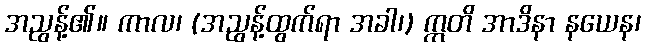
အညွန့်၏။ ကာလ၊ (အညွန့်ထွက်ရာ အခါ၊) ဣတိ အာဒိနာ နယေန၊